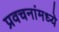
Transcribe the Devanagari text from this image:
प्रवचनांमध्ये